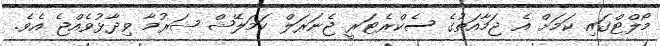
މޯލްޓްގައި ކަމަށް އެ ޖަމާއަތުގެ ސެކްރެޓަރީ ޖެނަރަލް ކަމަލޭޝް ޝަރުމާ ވިދާޅުވެއްޖެ އެވެ.